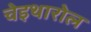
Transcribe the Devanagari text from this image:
चेइथारोल